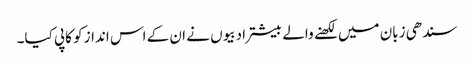
سندھی زبان میں لکھنے والے بیشتر ادبیوں نے ان کے اس انداز کو کاپی کیا۔